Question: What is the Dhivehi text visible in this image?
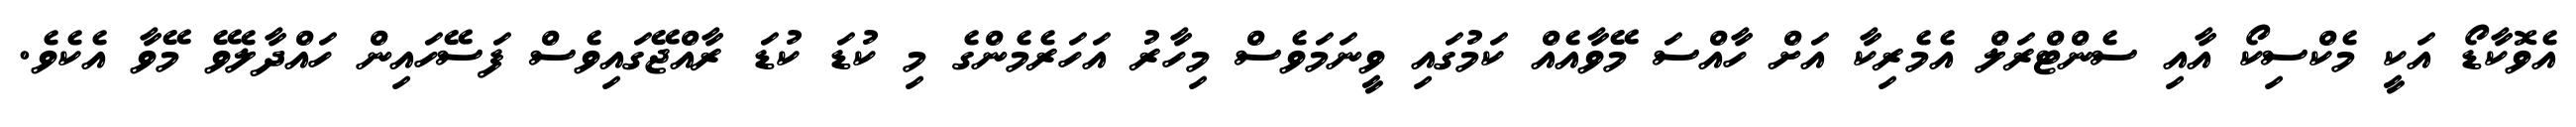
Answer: އެވޮކާޑޯ އަކީ މެކްސިކޯ އާއި ސެންޓްރަލް އެމެރިކާ އަށް ހާއްސަ މޭވާއެއް ކަމުގައި ވީނަމަވެސް މިހާރު އަހަރެމެންގެ މި ކުޑަ ކުޑަ ރާއްޖޭގައިވެސް ފަސޭހައިން ހައްދާލެވޭ މޭވާ އެކެވެ.